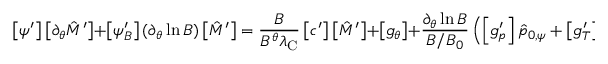
\left[ \psi ^ { \prime } \right] \left[ \partial _ { \theta } \hat { M } ^ { \prime } \right] + \left[ \psi _ { B } ^ { \prime } \right] ( \partial _ { \theta } \ln B ) \left[ \hat { M } ^ { \prime } \right] = \frac { B } { B ^ { \theta } \lambda _ { \mathrm { C } } } \left[ c ^ { \prime } \right] \left[ \hat { M } ^ { \prime } \right] + \left[ g _ { \theta } \right] + \frac { \partial _ { \theta } \ln B } { B / B _ { 0 } } \left( \left[ g _ { p } ^ { \prime } \right] \hat { p } _ { 0 , \psi } + \left[ g _ { T } ^ { \prime } \right] \hat { T } _ { 0 , \psi } \right) ,